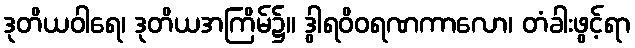
ဒုတိယဝါရေ၊ ဒုတိယအကြိမ်၌။ ဒွါရဝိဝရဏကာလော၊ တံခါးဖွင့်ရာ